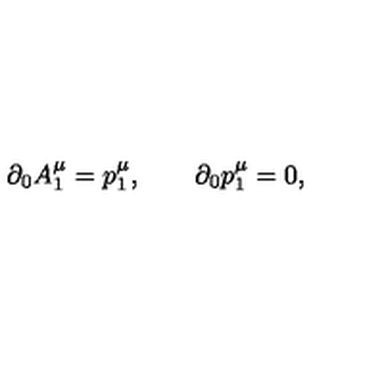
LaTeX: \partial _ { 0 } A _ { 1 } ^ { \mu } = p _ { 1 } ^ { \mu } , \qquad \partial _ { 0 } p _ { 1 } ^ { \mu } = 0 ,